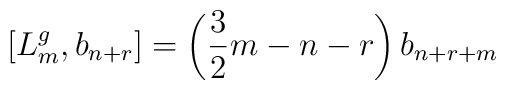
\left [ L_{m}^{g}, b_{n+r} \right ] = \left ( \frac{3}{2} m - n - r\right ) b_{n+r+m}